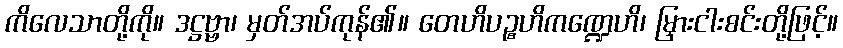
ကိလေသာတို့ကို။ ဒဋ္ဌဗ္ဗာ၊ မှတ်အပ်ကုန်၏။ တေဟိပဉ္စဟိကဏ္ဍေဟိ၊ မြှားငါးစင်းတို့ဖြင့်။